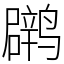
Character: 䴙